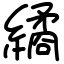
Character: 繘